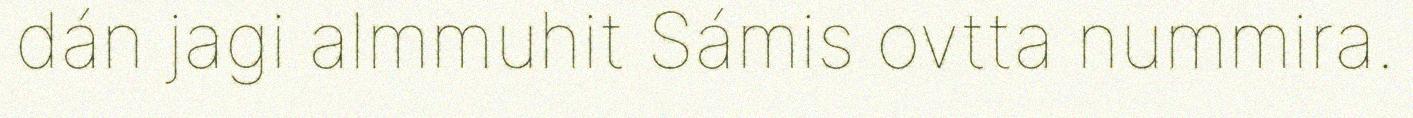
dán jagi almmuhit Sámis ovtta nummira.